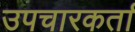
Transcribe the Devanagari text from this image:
उपचारकर्ता